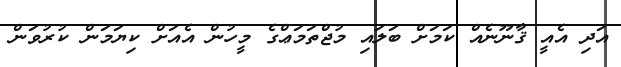
އަދި އެއީ ޤާނޫނެއް ކަމަށް ބަލައި މުޖްތަމަޢްގެ މީހުން އެއަށް ކިޔަމަން ކުރުވަން